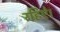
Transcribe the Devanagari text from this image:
रहिऐ।